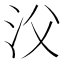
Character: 㳇